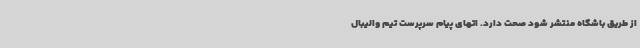
از طریق باشگاه منتشر شود صحت دارد. اتهای پیام سرپرست تیم‌ والیبال